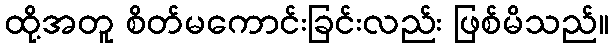
ထို့အတူ စိတ်မကောင်းခြင်းလည်း ဖြစ်မိသည်။